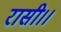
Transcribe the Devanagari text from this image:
रासी।।